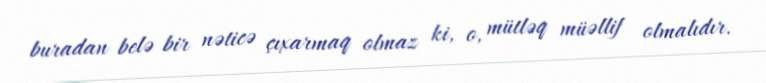
buradan belə bir nəticə çıxarmaq olmaz ki, o, mütləq müəllif olmalıdır.